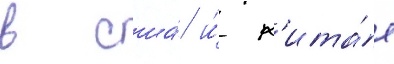
в сша́ и́ к'ита́е